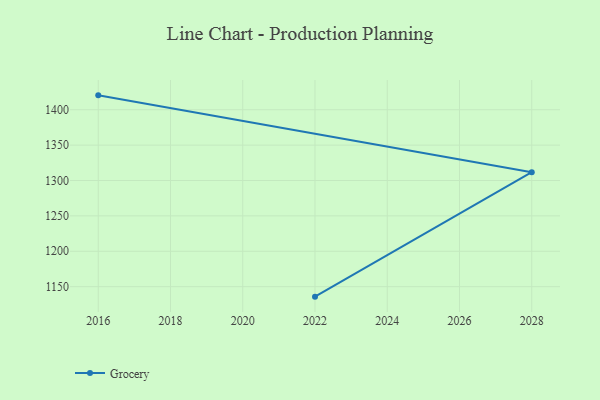
{"axis": {"x": "Year", "y": "Headcount"}, "legend": ["Grocery"], "data": [{"x": "2016", "y": 1420.3, "type": "Grocery"}, {"x": "2028", "y": 1311.8, "type": "Grocery"}, {"x": "2022", "y": 1135.9, "type": "Grocery"}]}